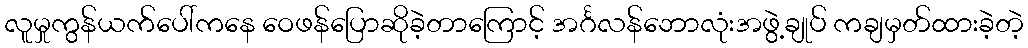
လူမှုကွန်ယက်ပေါ်ကနေ ဝေဖန်ပြောဆိုခဲ့တာကြောင့် အင်္ဂလန်ဘောလုံးအဖွဲ့ချုပ် ကချမှတ်ထားခဲ့တဲ့